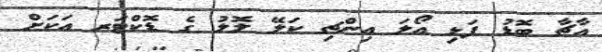
އާޗާ ބޮޑު ފަޅި އޯލަ އިންޗި ކަލޭ ލޮލު ގެ ޑޮކްޓަރ އަކަށް